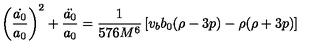
\left( \frac { \dot { a _ { 0 } } } { a _ { 0 } } \right) ^ { 2 } + \frac { \ddot { a _ { 0 } } } { a _ { 0 } } = \frac { 1 } { 5 7 6 M ^ { 6 } } \left[ v _ { b } b _ { 0 } ( \rho - 3 p ) - \rho ( \rho + 3 p ) \right]